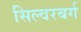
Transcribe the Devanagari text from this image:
सिल्वरबर्ग